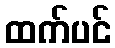
ထက်ပင်